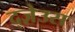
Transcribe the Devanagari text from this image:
द्ज़ेउस